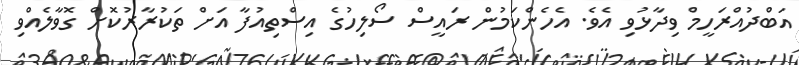
އަބްދުއްރަހީމް ވިދާޅުވި އެވެ. އެހެންކަމުން ރައީސް ސޯލިހުގެ އިސްތިއުފާ އަށް ތަކުރާރުކޮށް ގޮވާލެއްވި